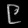
Digit: ၉